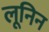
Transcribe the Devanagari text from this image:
लूनिन